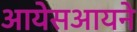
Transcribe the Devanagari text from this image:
आयेसआयने